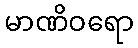
မာဏိဝရော